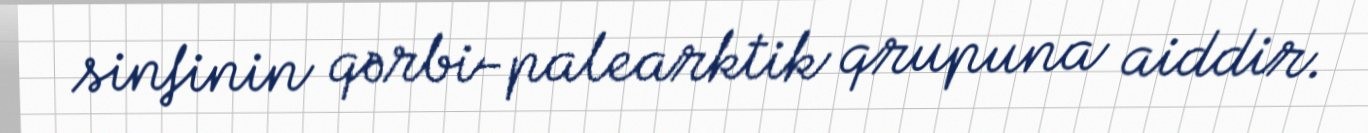
sinfinin qərbi-palearktik qrupuna aiddir.